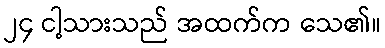
၂၄ ငါ့သားသည် အထက်က သေ၏။